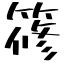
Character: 𥱤